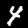
Digit: 4